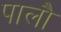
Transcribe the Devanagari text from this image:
पालौ